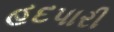
હદપારી